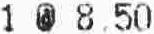
1 @ 8.50